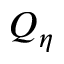
Q _ { \eta }